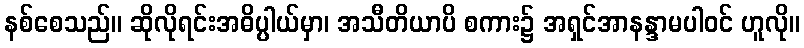
နစ်စေသည်။ ဆိုလိုရင်းအဓိပ္ပါယ်မှာ၊ အသီတိယာပိ စကား၌ အရှင်အာနန္ဒာမပါဝင် ဟူလို။